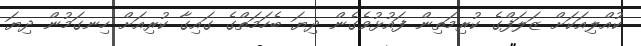
ކުއްލިއަކަށް ޒަލަފްގެ ކުރިމަތިން ފައުޅުވެގެން ދިޔަ ބެހަމަތްގެ ގައިގާ ކުރިއަށް ހިނގަމުން ދިޔަ